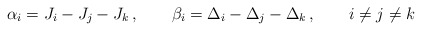
\begin{align*} \alpha_i = J_i-J_j-J_k\,, \qquad \beta_i = \Delta_i-\Delta_j-\Delta_k\,, \qquad i\neq j \neq k\end{align*}